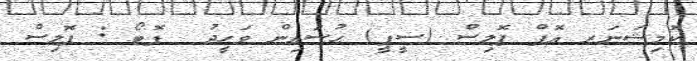
ކޮމިޝަނަރ އޮފް ޕޮލިސް (ސީޕީ) ޙުސައިން ވަޙީދު  ފޮޓޯ : ޕޮލިސް